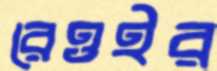
রেওইর